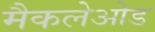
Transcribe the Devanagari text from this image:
मैकलेओड